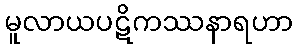
မူလာယပဋိကဿနာရဟာ